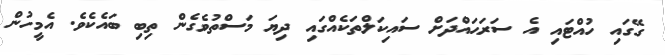
ގޭގައި ހުއްޓައި އެ ސަރަޙައްދަށް ސައިކަލްތަކެއްގައި ދިޔަ މަސްތުވެގެން ތިބި ބައެކެވެ. އެމީހުން